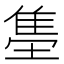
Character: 𬯫